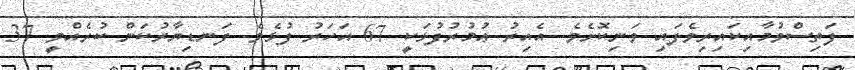
ފަތިސްވުމާއިކައިރިވެފައި ވަނިކޮށެވެ. އެއިރު ޢުމުރުފުޅަކީ 67 އަހަރު ފުޅެވެ. ފަނޑިޔާރުކަން ކުރެއްވީ 37